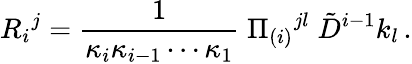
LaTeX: R_{i}{}^{j}={\frac{1}{\kappa_{i}\kappa_{i-1}\cdots\kappa_{1}}}\; \Pi_{(i)}{}^{jl}\; \tilde{D}^{i-1}k_{l}\, .